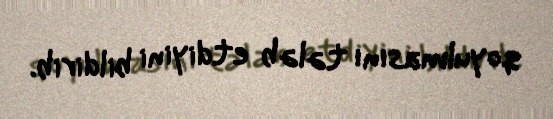
qoyulmasını tələb etdiyini bildirib.